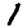
Digit: 1